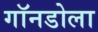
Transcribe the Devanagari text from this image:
गॉनडोला